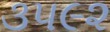
૩૫૯૨